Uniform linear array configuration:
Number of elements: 48
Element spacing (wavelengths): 0.75
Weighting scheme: cosine
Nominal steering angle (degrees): -45
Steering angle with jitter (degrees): -43.805
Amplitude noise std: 0.05
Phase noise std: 0.05

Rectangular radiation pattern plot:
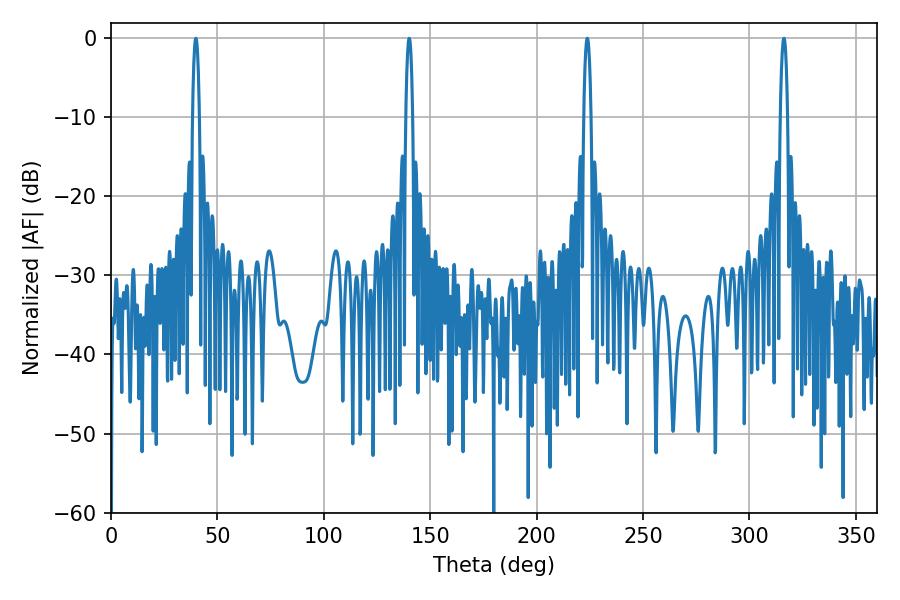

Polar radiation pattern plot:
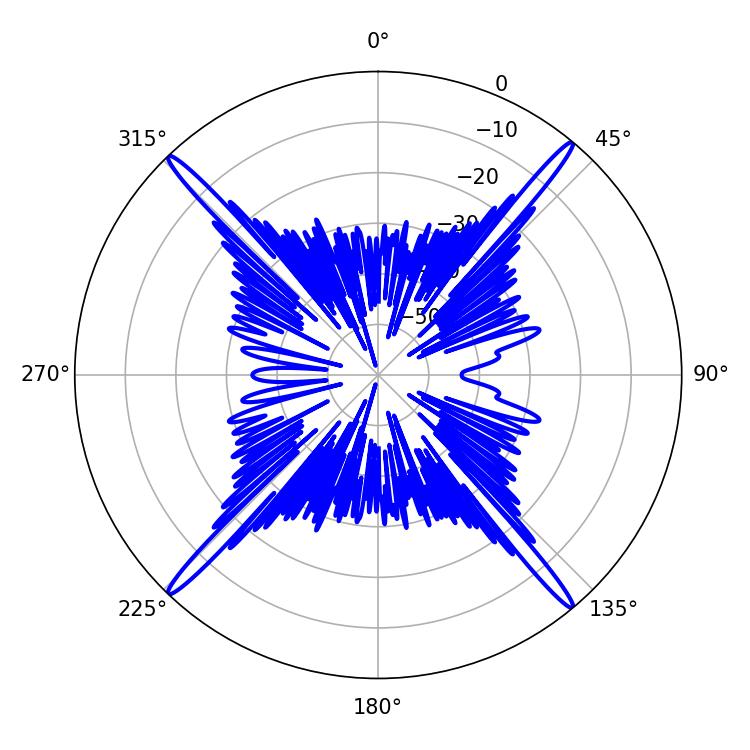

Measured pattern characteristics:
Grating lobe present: TRUE
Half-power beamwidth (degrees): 1.98
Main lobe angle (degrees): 223.74